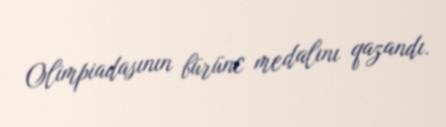
Olimpiadasının bürünc medalını qazandı.